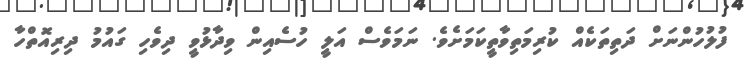
ފުލުހުންނަށް ދަތިތަކެއް ކުރިމަތިވާތީކަމަށެވެ. ނަމަވެސް އަލީ ހުސެއިން ވިދާޅުވީ ދިވެހި ގައުމު ދިރިއޮތްހާ